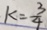
k = \frac { 3 } { 4 }